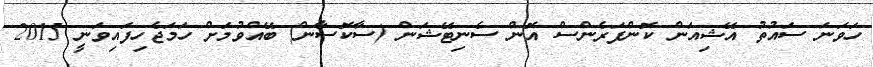
ހަވަނަ ސައުތު އޭޝިއަން ކޮންފަރެންސް އޮން ސެނިޓޭޝަން (ސާކޮސާން) ބޭއްވުމަށް ހަމަޖެހިފައިވަނީ 2015